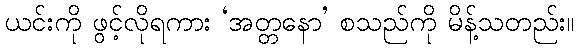
ယင်းကို ဖွင့်လိုရကား ‘အတ္တနော’ စသည်ကို မိန့်သတည်း။